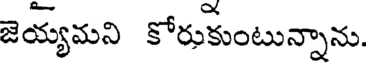
జెయ్యమని కోరుకుంటున్నాను.